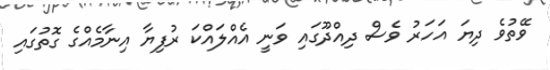
ވޭތުވެ ދިޔަ އަހަރު ވެސް ދިއްދޫގައި ވަނީ އެއްލައްކަ ރުފިޔާ އިނާމެއްގެ ގޮތުގައި